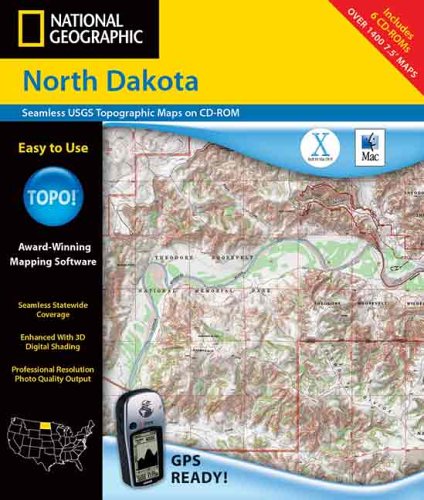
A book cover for National Geographic North Dakota: Seamless Usgs Topographic Maps; Geological Survey; Travel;